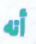
أنه